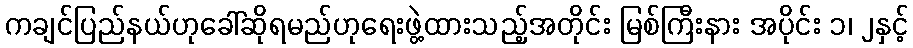
ကချင်ပြည်နယ်ဟုခေါ်ဆိုရမည်ဟုရေးဖွဲ့ထားသည့်အတိုင်း မြစ်ကြီးနား အပိုင်း ၁၊ ၂နှင့်